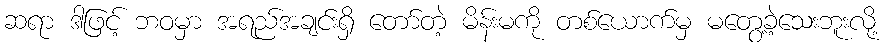
ဆရာ ဒါဖြင့် ဘဝမှာ အရည်အချင်းရှိ တော်တဲ့ မိန်းမကို တစ်ယောက်မှ မတွေ့ခဲ့သေးဘူးလို့